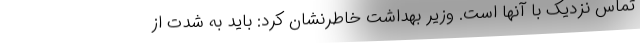
تماس نزدیک با آنها است. وزیر بهداشت خاطرنشان کرد: باید به شدت از